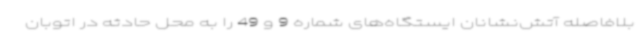
بلافاصله آتش‌نشانان ایستگاه‌های شماره 9 و 49 را به محل حادثه در اتوبان